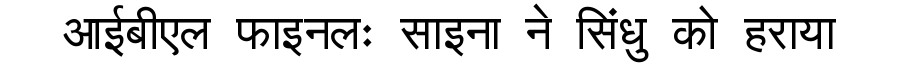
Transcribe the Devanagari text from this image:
आईबीएल फाइनलः साइना ने सिंधु को हराया